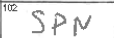
Transcription: SPN